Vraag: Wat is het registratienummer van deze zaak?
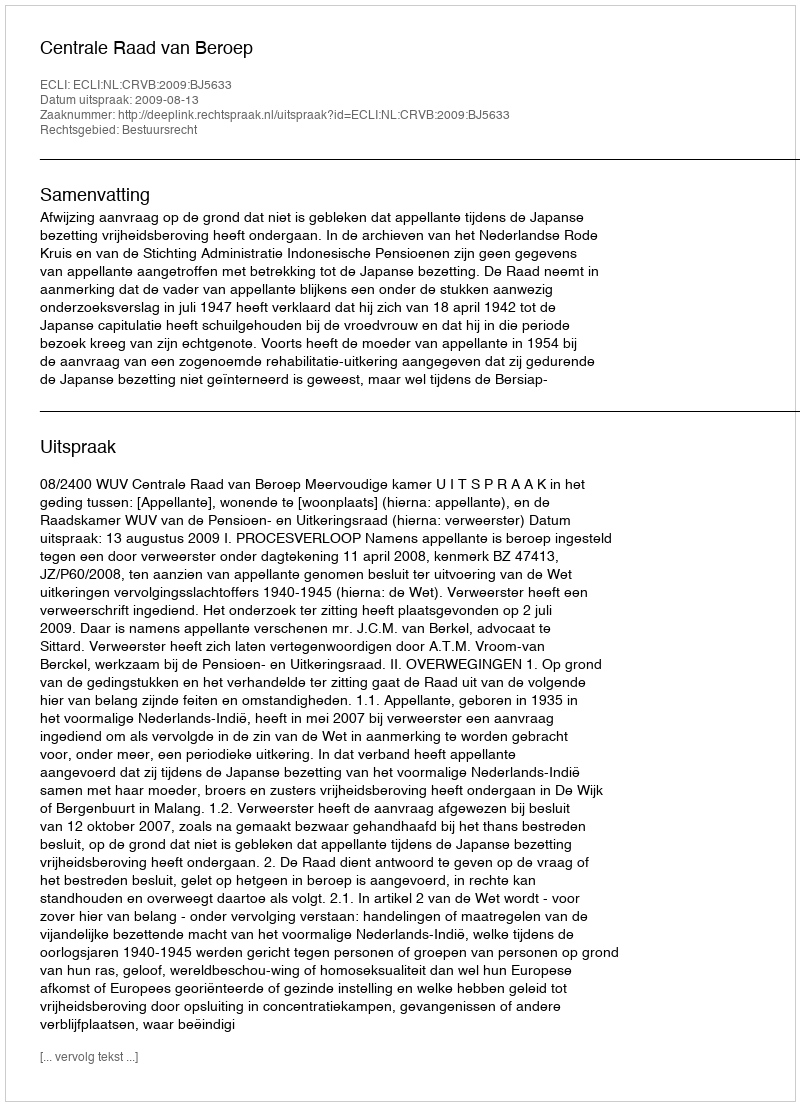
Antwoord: http://deeplink.rechtspraak.nl/uitspraak?id=ECLI:NL:CRVB:2009:BJ5633